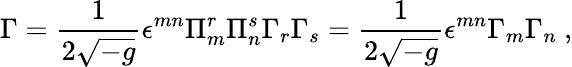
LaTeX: \Gamma=\frac{1}{2\sqrt{-g}}\epsilon^{mn}\Pi_{m}^{r}\Pi_{n}^{s}\Gamma_{r}\Gamma_{s}=\frac{1}{2\sqrt{-g}}\epsilon^{mn}\Gamma_{m}\Gamma_{n}~,